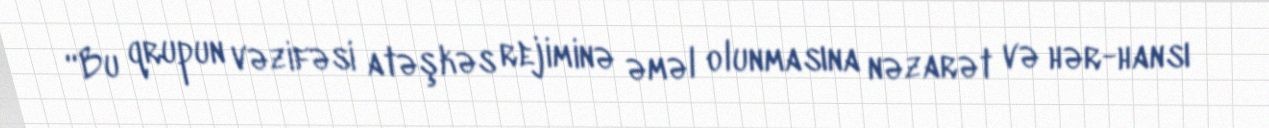
“Bu qrupun vəzifəsi atəşkəs rejiminə əməl olunmasına nəzarət və hər-hansı